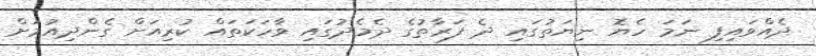
ދެއްވައިފި ނަމަ ހެޔޮ ނިޔަތުގައި ދެ ފަރާތުގެ ދެމެދުގައި ވާހަކަތައް ކުރިއަށް ގެންދިއުމަށް